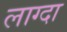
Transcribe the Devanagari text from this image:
लाग्दा